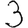
Digit: 3